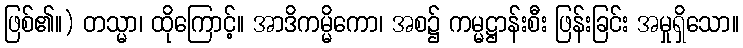
ဖြစ်၏။) တသ္မာ၊ ထိုကြောင့်။ အာဒိကမ္မိကော၊ အစ၌ ကမ္မဋ္ဌာန်းစီး ဖြန်းခြင်း အမှုရှိသော။